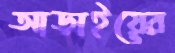
আড়াইয়ের